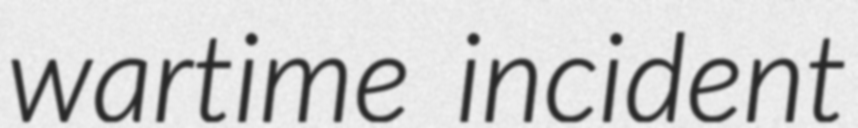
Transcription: wartime incident